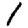
Digit: 1